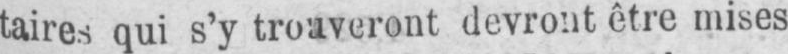
taires qui s’y trouveront devront être mises